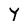
Character: Y